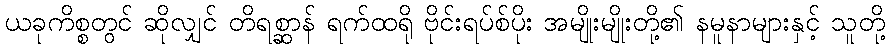
ယခုကိစ္စတွင် ဆိုလျှင် တိရစ္ဆာန် ရက်ထရို ဗိုင်းရပ်စ်ပိုး အမျိုးမျိုးတို့၏ နမူနာများနှင့် သူတို့